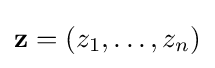
\mathbf {z} =(z_{1},\dots ,z_{n})